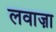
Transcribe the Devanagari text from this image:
लवाज़ा